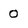
Character: 0